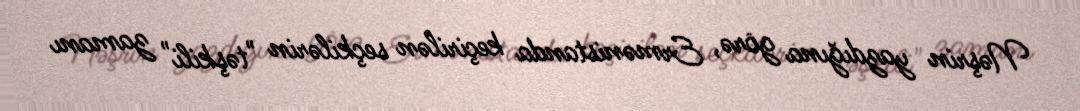
Nəşrin yazdığına görə, Ermənistanda keçirilən seçkilərin "təşkili" zamanı